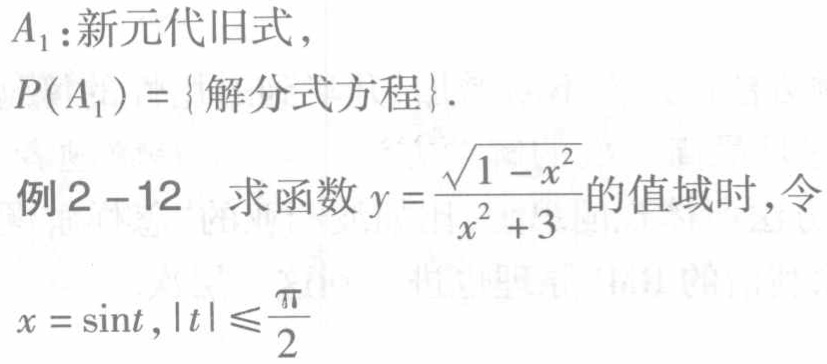
$A_{1}:新元代旧式,$
$P(A_{1}) = \{解分式方程\}.$
例2 - 12 求函数$y = \frac{\sqrt{1 - x^{2}}}{x^{2} + 3}$的值域时, 令
$x = \sin t,|t|\leqslant\frac{\pi}{2}$